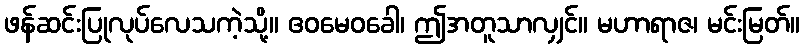
ဖန်ဆင်းပြုလုပ်လေသကဲ့သို့။ ဧဝမေဝခေါ၊ ဤအတူသာလျှင်။ မဟာရာဇ၊ မင်းမြတ်။